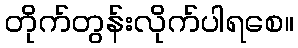
တိုက်တွန်းလိုက်ပါရစေ။